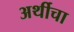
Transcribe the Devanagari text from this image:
अर्थीचा